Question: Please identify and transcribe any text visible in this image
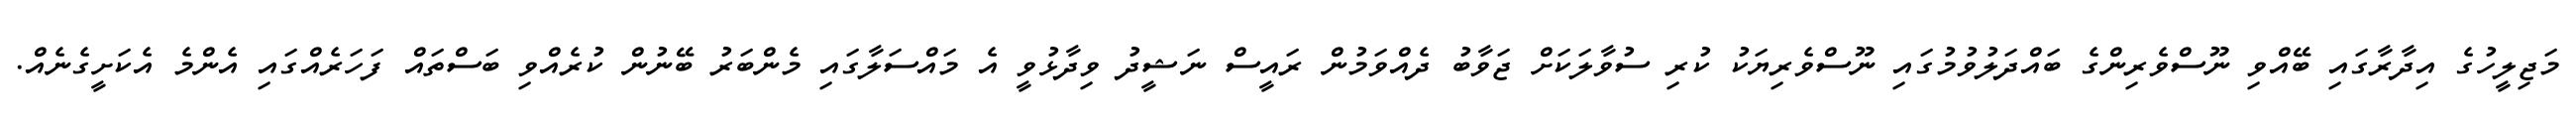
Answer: މަޖިލީހުގެ އިދާރާގައި ބޭއްވި ނޫސްވެރިންގެ ބައްދަލުވުމުގައި ނޫސްވެރިޔަކު ކުރި ސުވާލަކަށް ޖަވާބު ދެއްވަމުން ރައީސް ނަޝީދު ވިދާޅުވީ އެ މައްސަލާގައި މެންބަރު ބޭނުން ކުރެއްވި ބަސްތައް ފަހަރެއްގައި އެންމެ އެކަށީގެނެއް.